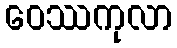
ဝေဿကုလာ